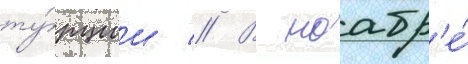
ту́рции // В ноабр'е́